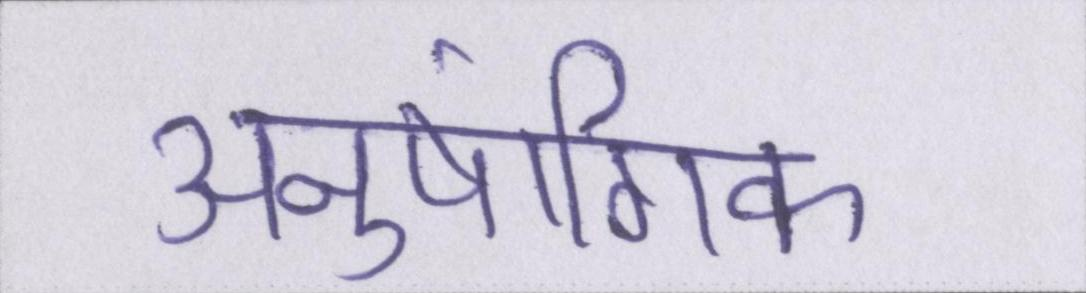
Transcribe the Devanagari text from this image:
अनुषांगिक